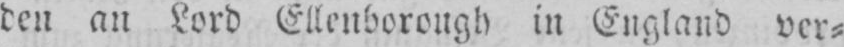
den an Lord Ellenborough in England ver⸗